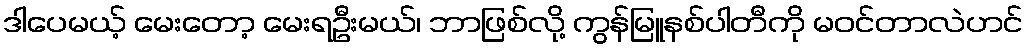
ဒါပေမယ့် မေးတော့ မေးရဦးမယ်၊ ဘာဖြစ်လို့ ကွန်မြူနစ်ပါတီကို မဝင်တာလဲဟင်